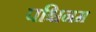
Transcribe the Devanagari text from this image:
पश्चिनम